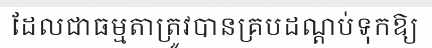
ដែលជាធម្មតាត្រូវបានគ្របដណ្តប់ទុកឱ្យ